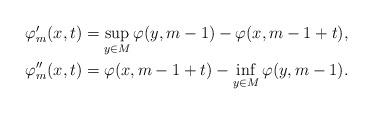
LaTeX: \begin{align*}\begin{aligned}\varphi'_m (x,t) = \sup_{y\in M} \varphi (y, m - 1) - \varphi(x, m - 1 + t),\\\varphi''_m(x,t) = \varphi (x, m - 1 + t) - \inf_{y\in M} \varphi(y, m - 1).\end{aligned}\end{align*}